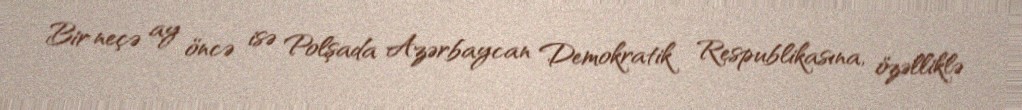
Bir neçə ay öncə isə Polşada Azərbaycan Demokratik Respublikasına, özəlliklə